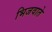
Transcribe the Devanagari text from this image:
भिजवाते